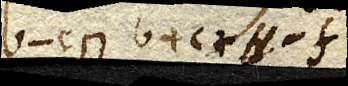
b-c ⊓ b+c+H-f­